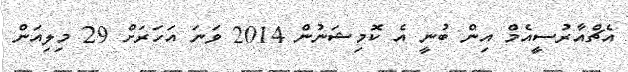
އެޗްއާރުސީއެމް އިން ބުނީ އެ ކޮމިޝަނުން 2014 ވަނަ އަހަރަށް 29 މިލިއަން